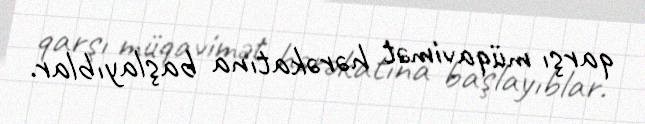
qarşı müqavimət hərəkatına başlayıblar.